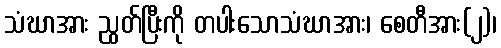
သံဃာအား ညွတ်ပြီးကို တပါးသောသံဃာအား၊ စေတီအား(၂)၊